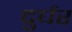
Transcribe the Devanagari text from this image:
दुर्घर